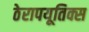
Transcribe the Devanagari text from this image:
ठेरापयूतिक्स